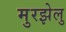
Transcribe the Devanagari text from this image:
मुरझेलु